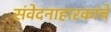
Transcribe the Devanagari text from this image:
संवेदनाहारकांचे